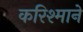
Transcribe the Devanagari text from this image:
करिश्माने